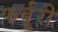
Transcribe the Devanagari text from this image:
फर्बूरी